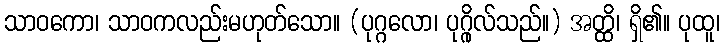
သာဝကော၊ သာဝကလည်းမဟုတ်သော။ (ပုဂ္ဂလော၊ ပုဂ္ဂိုလ်သည်။) အတ္ထိ၊ ရှိ၏။ ပုထူ၊